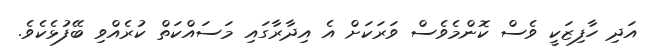
އަދި ހާފިޒަކީ ވެސް ކޮންމެވެސް ވަރަކަށް އެ އިދާރާގައި މަސައްކަތް ކުރެއްވި ބޭފުޅެކެވެ.